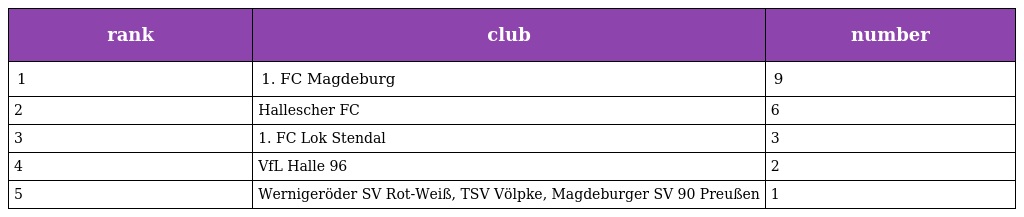
| rank | club | number |
 | --- | --- | --- |
 | 1 | 1. FC Magdeburg | 9 |
 | 2 | Hallescher FC | 6 |
 | 3 | 1. FC Lok Stendal | 3 |
 | 4 | VfL Halle 96 | 2 |
 | 5 | Wernigeröder SV Rot-Weiß, TSV Völpke, Magdeburger SV 90 Preußen | 1 |